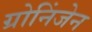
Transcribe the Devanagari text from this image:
ग्रोनिंजेन